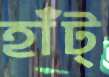
হাঁট্